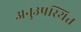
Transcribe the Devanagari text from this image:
अनुउपस्थित